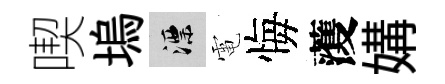
喫塢漂電悔𮑮媾